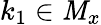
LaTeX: k_{1}\in\mathit{M}_{x}